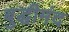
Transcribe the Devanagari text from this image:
बुद्धीमंद